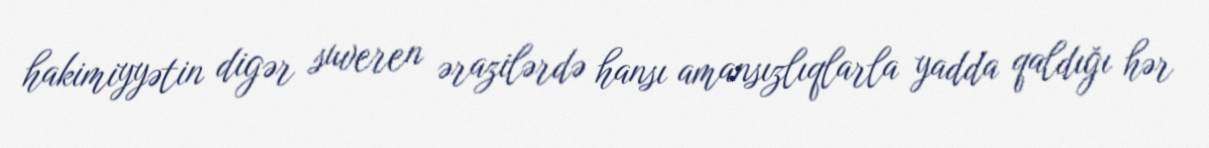
hakimiyyətin digər suveren ərazilərdə hansı amansızlıqlarla yadda qaldığı hər